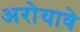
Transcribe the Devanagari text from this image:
अरोयावे